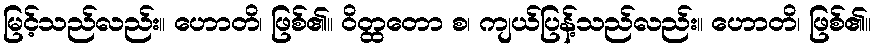
မြင့်သည်လည်း။ ဟောတိ၊ ဖြစ်၏။ ဝိတ္ထတော စ၊ ကျယ်ပြန့်သည်လည်း။ ဟောတိ၊ ဖြစ်၏။